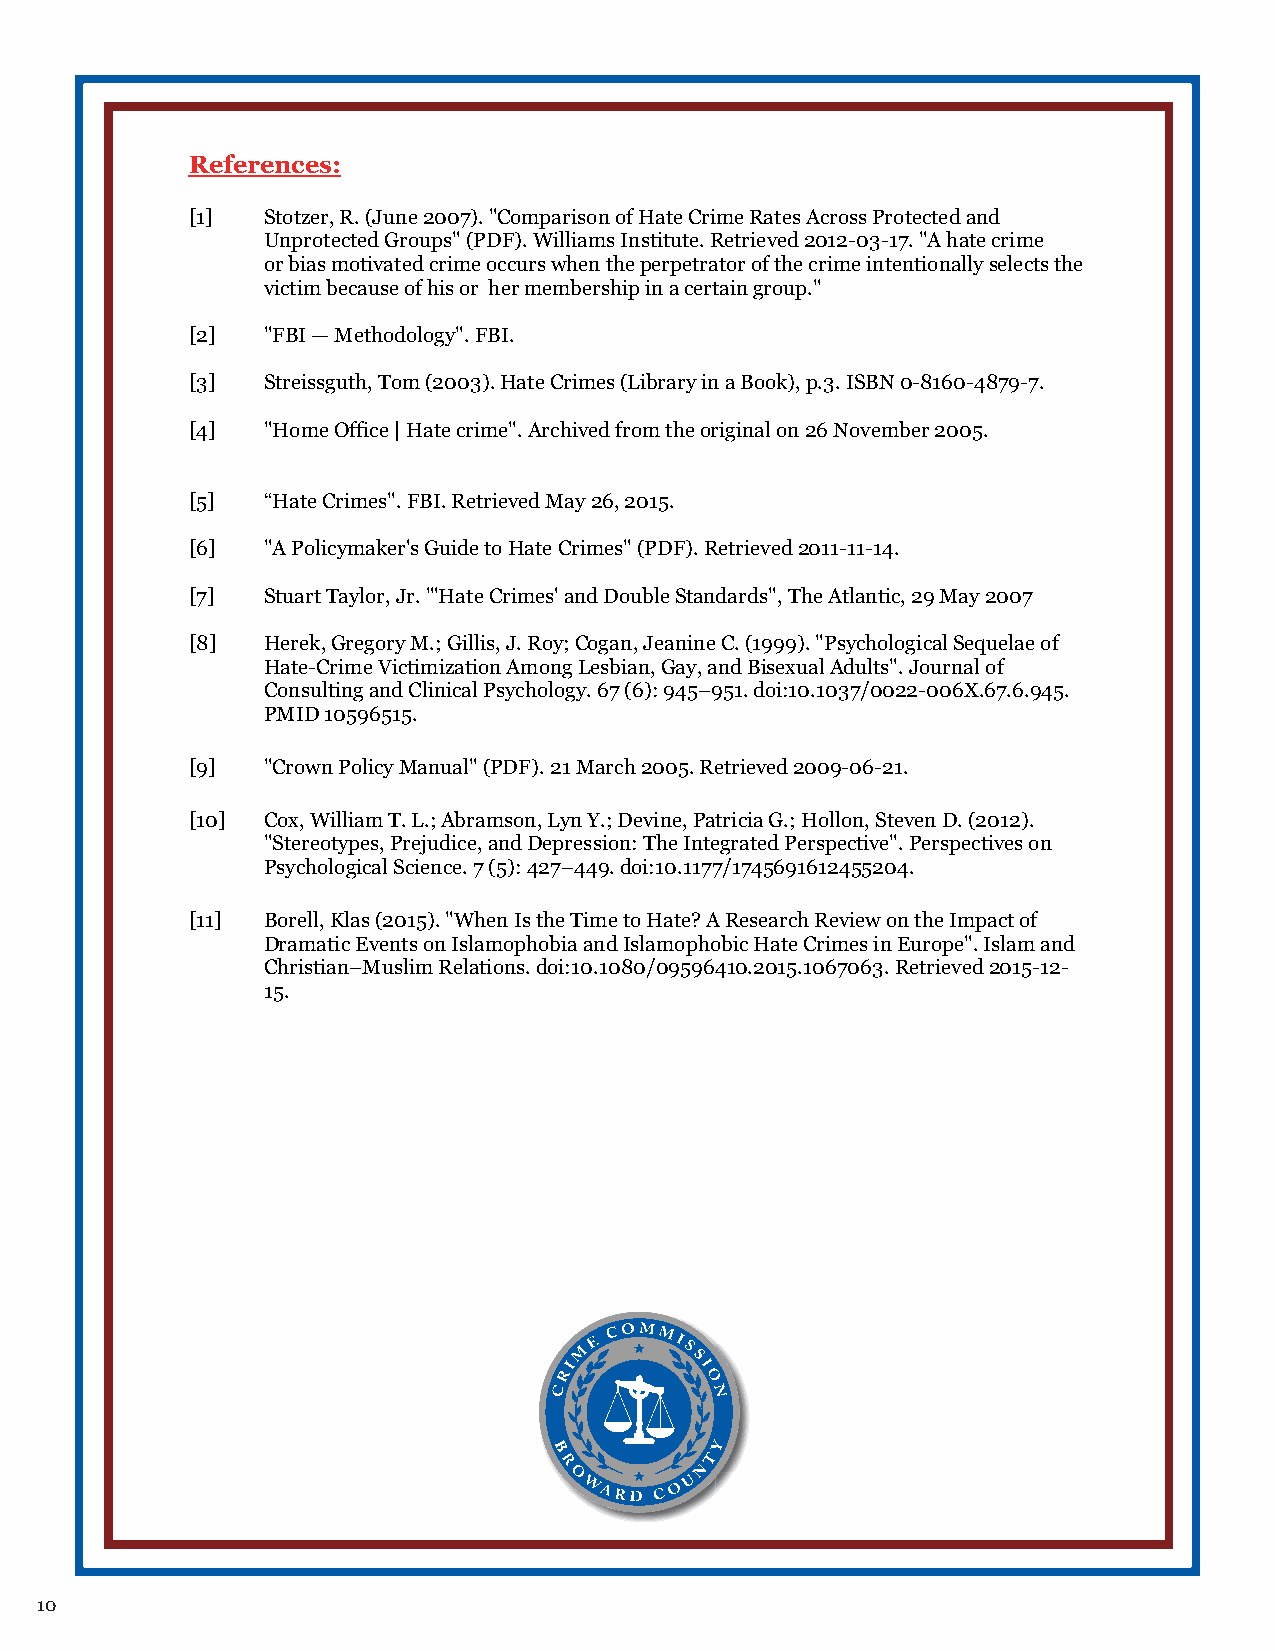
References:
 [1]  Stotzer, R. (June 2007). "Comparison of Hate Crime Rates Across Protected and
 Unprotected Groups" (PDF). Williams Institute. Retrieved 2012-03-17. "A hate crime
 or bias motivated crime occurs when the perpetrator of the crime intentionally selects the
 victim because of his or her membership in a certain group."
 [2]  "FBI — Methodology". FBI.
 [3]  Streissguth, Tom (2003). Hate Crimes (Library in a Book), p.3. ISBN 0-8160-4879-7.
 [4]  "Home Office | Hate crime". Archived from the original on 26 November 2005.
 [5]  “Hate Crimes". FBI. Retrieved May 26, 2015.
 [6]  "A Policymaker's Guide to Hate Crimes" (PDF). Retrieved 2011-11-14.
 [7]  Stuart Taylor, Jr. "'Hate Crimes' and Double Standards", The Atlantic, 29 May 2007
 [8]  Herek, Gregory M.; Gillis, J. Roy; Cogan, Jeanine C. (1999). "Psychological Sequelae of
 Hate-Crime Victimization Among Lesbian, Gay, and Bisexual Adults". Journal of
 Consulting and Clinical Psychology. 67 (6): 945–951. doi:10.1037/0022-006X.67.6.945.
 PMID 10596515.
 [9]  "Crown Policy Manual" (PDF). 21 March 2005. Retrieved 2009-06-21.
 [10] Cox, William T. L.; Abramson, Lyn Y.; Devine, Patricia G.; Hollon, Steven D. (2012).
 "Stereotypes, Prejudice, and Depression: The Integrated Perspective". Perspectives on
 Psychological Science. 7 (5): 427–449. doi:10.1177/1745691612455204.
 [11] Borell, Klas (2015). "When Is the Time to Hate? A Research Review on the Impact of
 Dramatic Events on Islamophobia and Islamophobic Hate Crimes in Europe". Islam and
 Christian–Muslim Relations. doi:10.1080/09596410.2015.1067063. Retrieved 2015-12-
 15.
 10